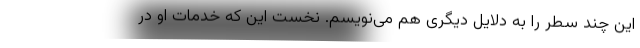
این چند سطر را به دلایل دیگری هم می‌نویسم. نخست این که خدمات او در